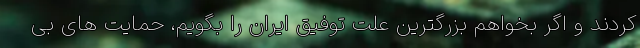
کردند و اگر بخواهم بزرگترین علت توفیق ایران را بگویم، حمایت های بی